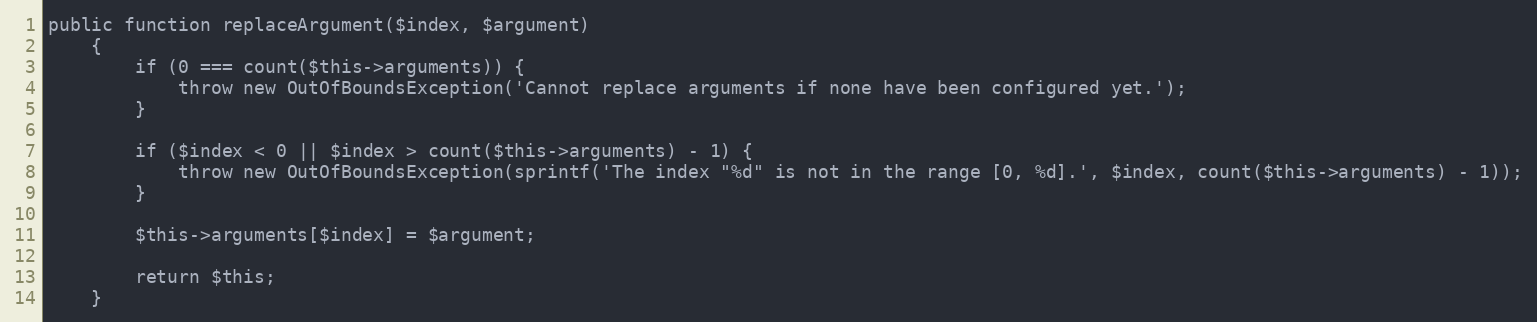
Language: PHP
public function replaceArgument($index, $argument)
    {
        if (0 === count($this->arguments)) {
            throw new OutOfBoundsException('Cannot replace arguments if none have been configured yet.');
        }

        if ($index < 0 || $index > count($this->arguments) - 1) {
            throw new OutOfBoundsException(sprintf('The index "%d" is not in the range [0, %d].', $index, count($this->arguments) - 1));
        }

        $this->arguments[$index] = $argument;

        return $this;
    }